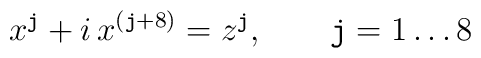
x^{\tt j}+i\,x^{({\tt j}+8)}=z^{\tt j},\qquad {\tt j}=1\ldots8